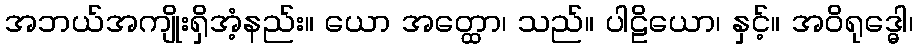
အဘယ်အကျိုးရှိအံ့နည်း။ ယော အတ္ထော၊ သည်။ ပါဠိယော၊ နှင့်။ အဝိရုဒ္ဓေါ၊